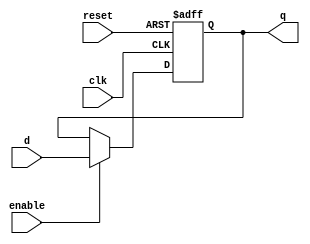
module ParametrizedRegister #(
    parameter WIDTH = 8  // Parameterized width of the register
) (
    input wire clk,           // Clock signal
    input wire reset,         // Reset signal
    input wire enable,        // Enable signal
    input wire [WIDTH-1:0] d, // Data input
    output reg [WIDTH-1:0] q  // Data output
);

    // Synchronous reset and data capture
    always @(posedge clk or posedge reset) begin
        if (reset) begin
            q <= {WIDTH{1'b0}}; // Initialize to zero
        end else if (enable) begin
            q <= d; // Capture input data
        end
        // If enable is low, retain previous value of q
    end

endmodule